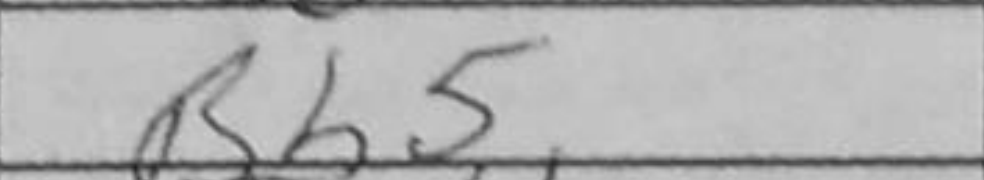
Transcription: Bb5